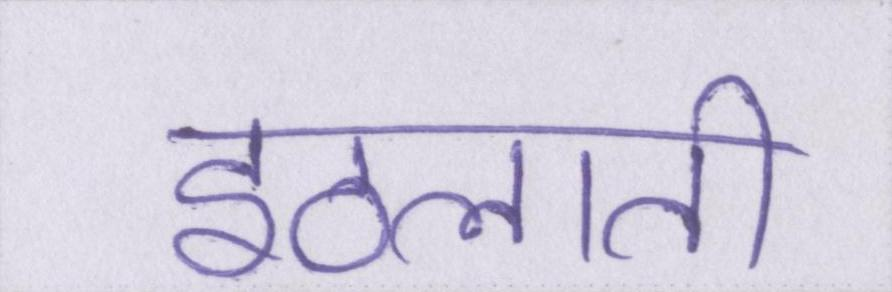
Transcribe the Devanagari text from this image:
इठलाती